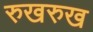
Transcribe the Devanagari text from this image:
रुखरुख